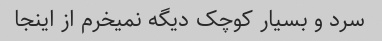
سرد و بسیار کوچک دیگه نمیخرم از اینجا